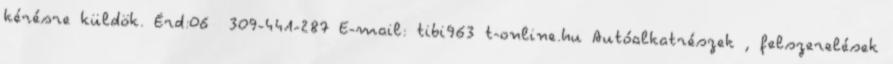
kérésre küldök. Érd:06 309-441-287 E-mail: tibi963 t-online.hu Autóalkatrészek , felszerelések